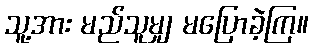
သူ့အား မည်သူမျှ မပြောခဲ့ကြ။